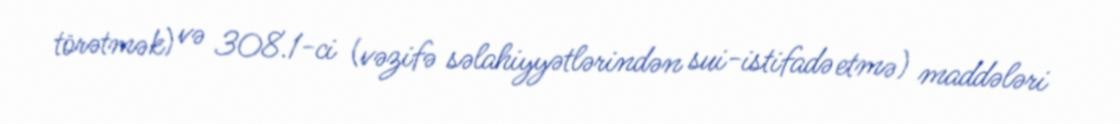
törətmək) və 308.1-ci (vəzifə səlahiyyətlərindən sui-istifadə etmə) maddələri